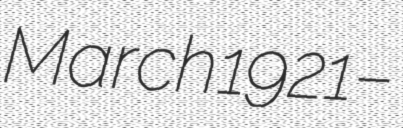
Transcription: March 1921 –